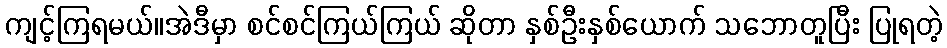
ကျင့်ကြရမယ်။အဲဒီမှာ စင်စင်ကြယ်ကြယ် ဆိုတာ နှစ်ဦးနှစ်ယောက် သဘောတူပြီး ပြုရတဲ့